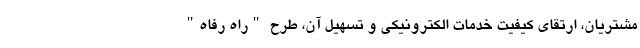
مشتریان، ارتقای کیفیت خدمات الکترونیکی و تسهیل آن، طرح "راه رفاه"